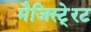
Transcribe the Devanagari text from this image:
मैजिस्टे्रट